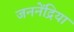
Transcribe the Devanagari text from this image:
जननेंद्रिया